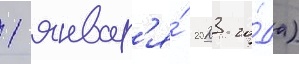
1 январ'я́ 2023 го́да)